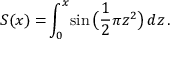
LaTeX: S ( x ) = \! \int _ { 0 } ^ { x } \! \sin { \big ( } { \frac { 1 } { 2 } } \pi z ^ { 2 } { \big ) } \, d z \, .